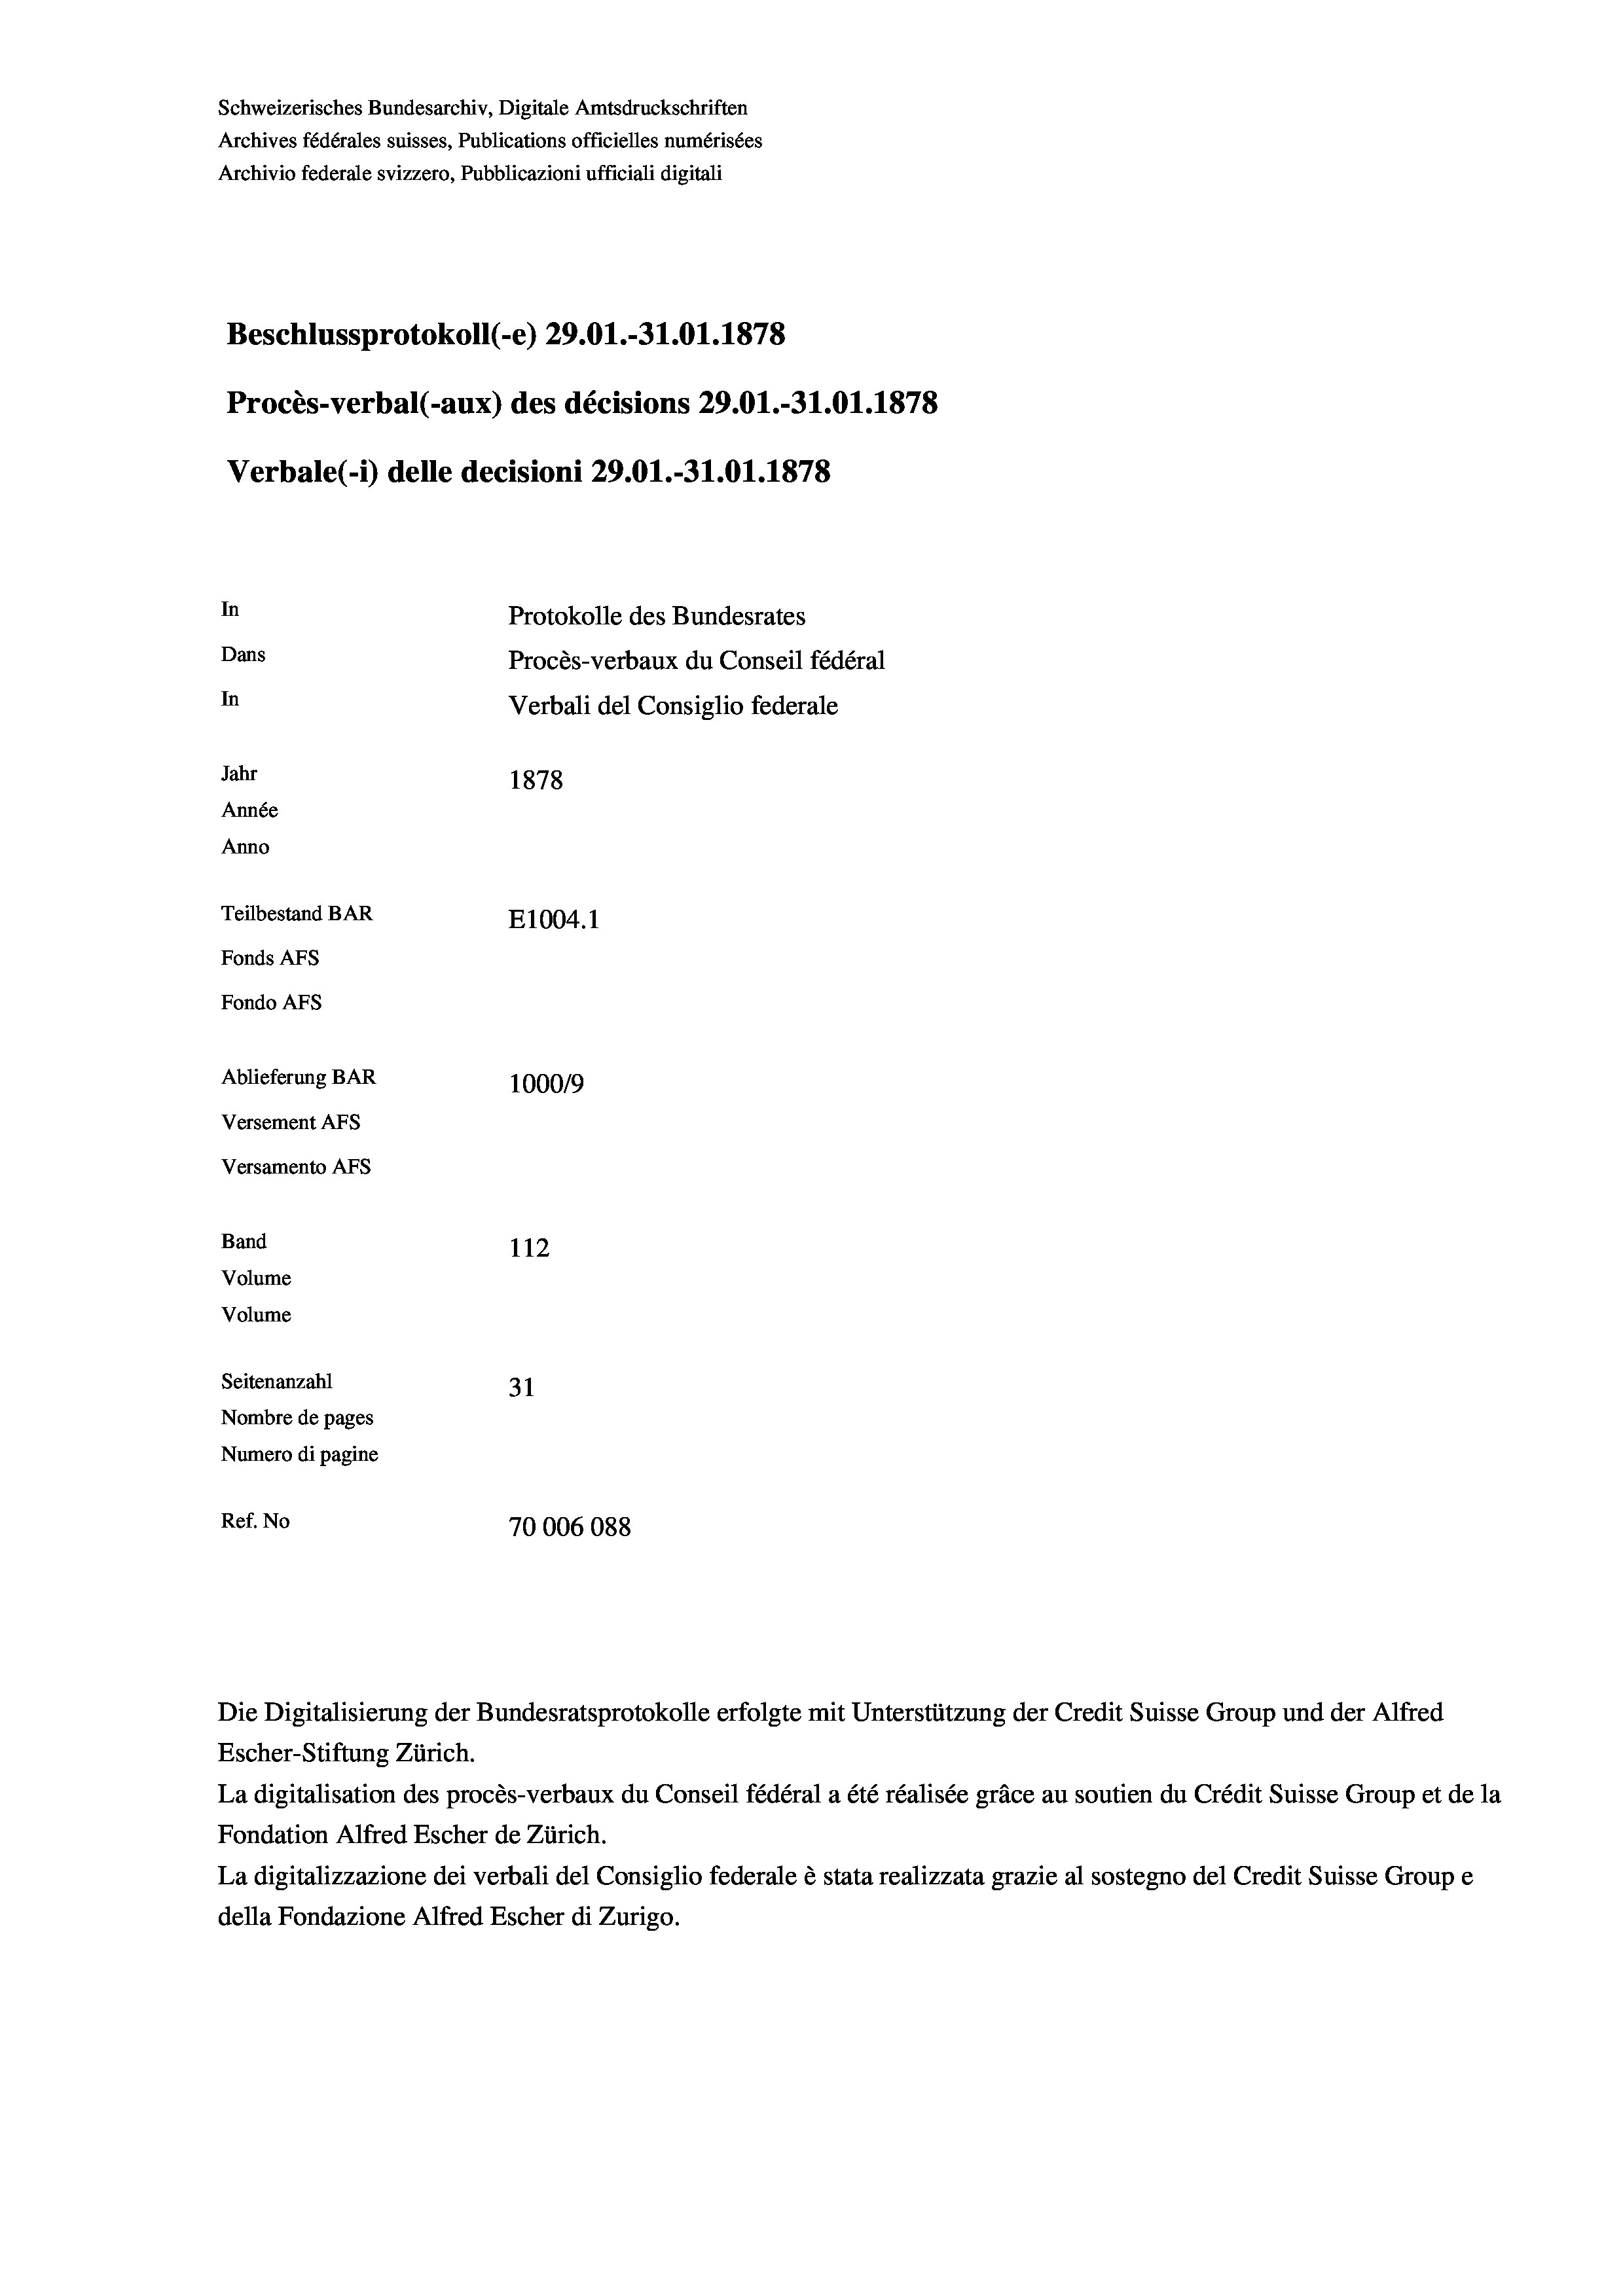
Schweizerisches Bundesarchiv, Digitale Amtsdruckschriften
Archives fédérales suisses, Publications officielles numérisées
Archivio federale svizzero, Pubblicazioni ufficiali digitali
Beschlussprotokoll (-e) 29.01.-31.01. 1878
Procès-verbal (-aux) des décisions 29.01.-31.01. 1878
Verbale (- 1) delle decisioni 29.01.-31.01.1878
In
Protokolle des Bundesrates
Dans
Procès-verbaux du Conseil fédéral
In
Verbali del Consiglio federale
Jahr
1878
Année
Anno
Teilbestand BAR
E1004. 1
Fonds AFs
Fondo Afs
Ablieferung BAR
100019
Versement AFs
Versamento AFs
Band
112
Volume
Volume
Seitenanzahl
31
Nombre de pages
Numero di pagine
Ref. No
70006088

Escher-Stiftung Zürich.
La digitalisation des procès-verbaux du Conseil fédéral a été réalisée gräce au soutien du Crédit Suisse Group et de la
Fondation Alfred Escher de Zürich.
La digitalizzazione dei verbali del Consiglio federale è stata realizzata grazie al sostegno del Credit Suisse Groupe
della Fondazione Alfred Escher di Zurigo.

Die Digitalisierung der Bundesratsprotokolle erfolgte mit Unterstützung der Credit Suisse Group und der Alfred